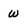
Character: w